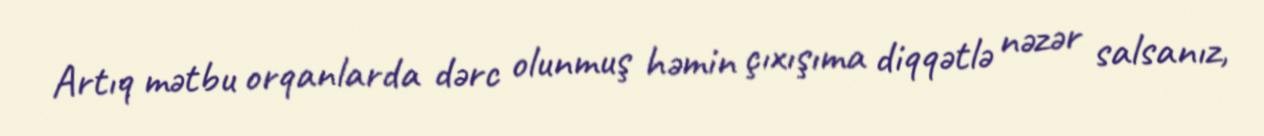
Artıq mətbu orqanlarda dərc olunmuş həmin çıxışıma diqqətlə nəzər salsanız,